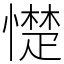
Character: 憷